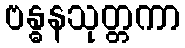
ဗန္ဓနသုတ္တကာ